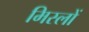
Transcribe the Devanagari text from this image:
मिस्लों